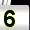
Digit: 5